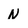
Character: N